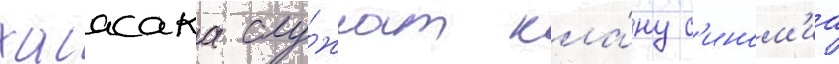
хаасака слу́жат кла́ну с'ином'иа